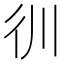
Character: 𰐬